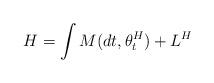
LaTeX: \begin{align*}H = \int M(dt,\theta^H_t) + L^H\end{align*}